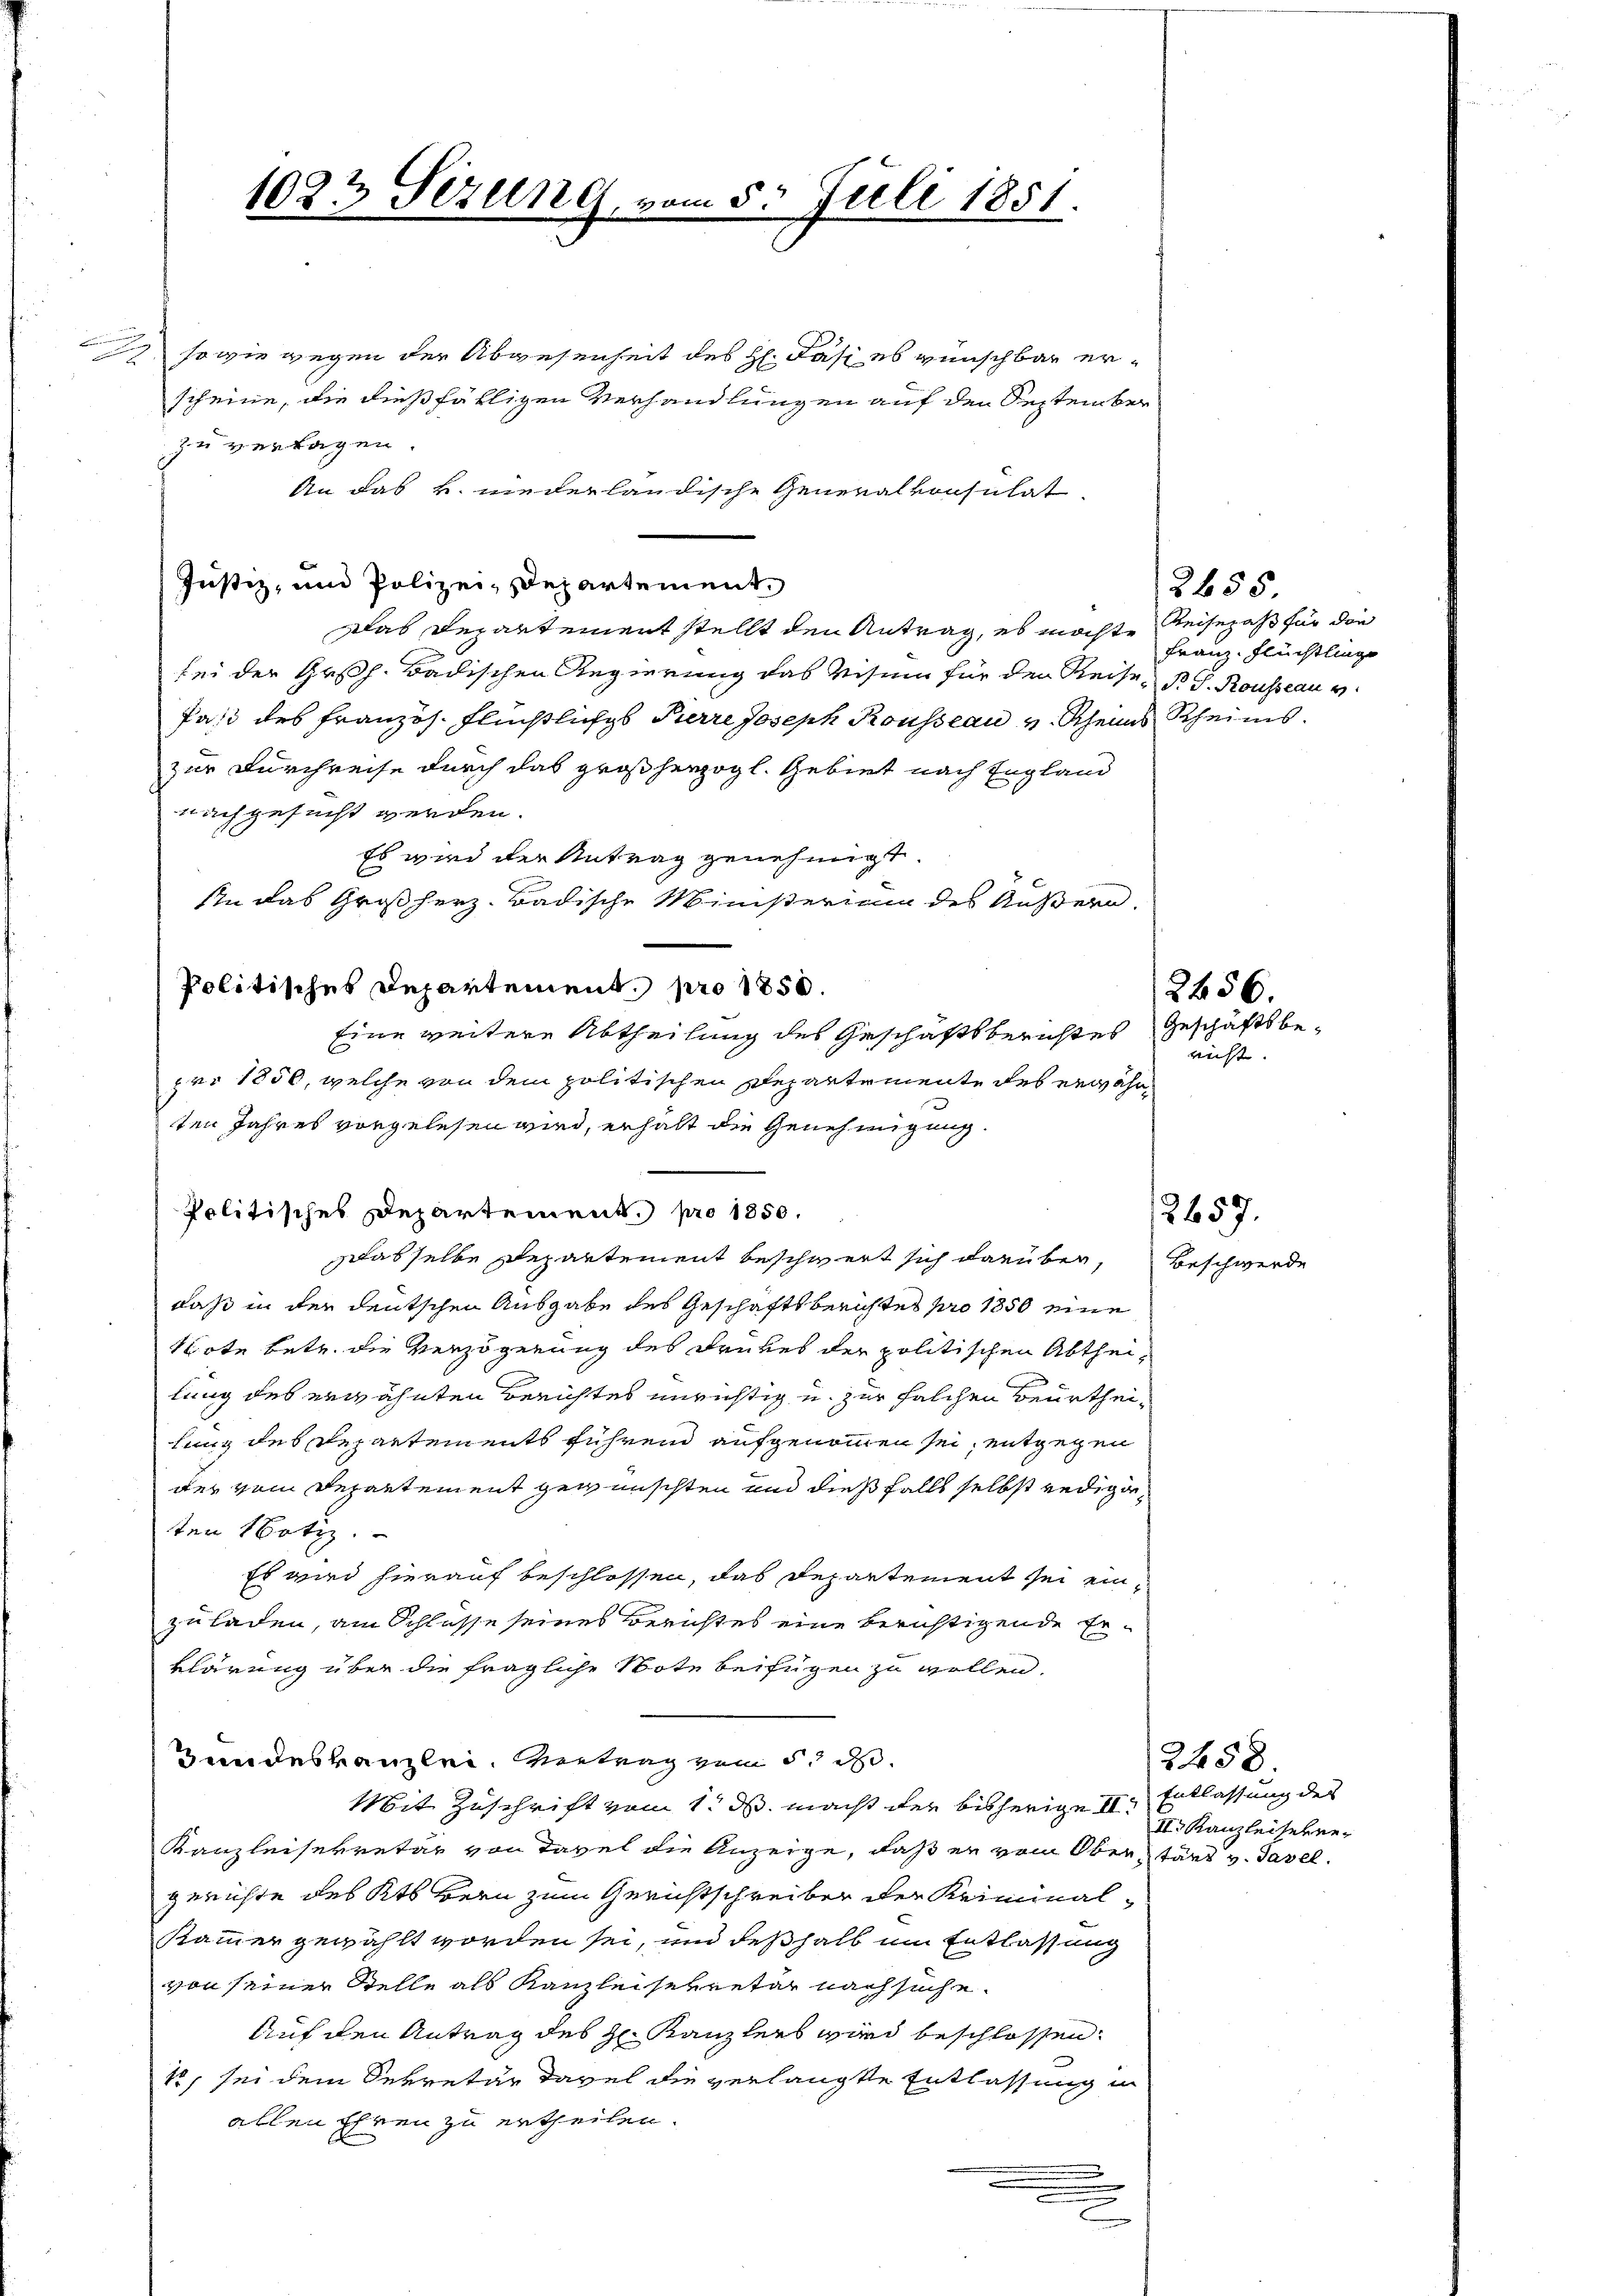
1. sowie wegen der Abwesenheit des H. Fäsi es wünschbar er-
scheine, die dießfälligen Verhandlungen auf den September
zu verlagen.
An das u. niederländische Generalkonsulat
Justiz, und Polizei, Departement.
Das Departement stellt den Antrag, es möchte Reisepaß für die
bei der Gesch. Badischen Regierung das Visum für den Reise- B. G. Rousseau v
Pasi des Französ. Flüchtliches Pierre Joseph Rousseau v. Scheines Rheins.
zur Durchreise durch das großherzogl. Gebiet nach England
nachgesucht werden.
Es wird der Antrag genehmigt.
An das Großherz. Badische Ministerium des Äußern.
pro 1850, welche von dem politischen Departemente des erwähn
ten Jahres vorgelesen wird, erhalt die Genehmigung.
Politisches Departement. pro 1850.
Dasselbe Departement beschwert sich darüber, Beschwerde
daß in der deutschen Ausgabe des Geschäftsberichtes pro 1850 eine
Note betr. die Verzögerung des Druckes der politischen Abtheilung des erwähnten Berichtes unrichtig u. zur Falchen Beurtheilung des Repartements führend aufgenommen sei, entgegen
der vom Departement gewünschten und dießfalls selbst redigten Notiz.
Es wird hierauf beschlossen, das Departement sei einzuladen, am Schlasse seines Berichtes eine berichtigende Erklärung über die fragliche Note beifügen zu wollen.
Hundeskanzlei Vertrag vom 5. d.
Mit Zuschrift vom 1. ds. macht der bisherige II. Entlassung des
Kanzleisekretär von Davel die Anzeige, daß er vom Oberstört v. Tavel
gerichte des Kts Bern zum Gerichtschreiber der Kriminal¬
Kammer gewählt worden sei, und deßhalb im Entlassung
von seiner Stelle als Kanzleisekretär nachsuche.
Auf den Antrag des Hr. Kanzlers wird beschlossen.
10, sei dem Sekretär davel die verlangte Entlassung in
allen Ehren zu ertheilen.
e

Politisches Departement pro 1850.

1023 Sezung

Eine weitere Abtheilung des Geschäftsberichtes Geschäftsbe¬

5. Juli 1851.

8655.
Franz. Flüchtlinge

richt. |

2456.

2657.

2458.
II. Kanzleiserne